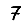
Digit: 7